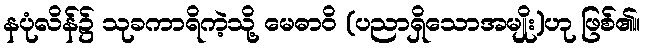
နပုံလိန်၌ သုခကာရိကဲ့သို့ မေဓာဝိ (ပညာရှိသောအမျိုး)ဟု ဖြစ်၏။